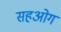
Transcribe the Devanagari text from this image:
सहओग